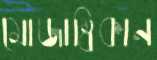
মোজাম্বিকান